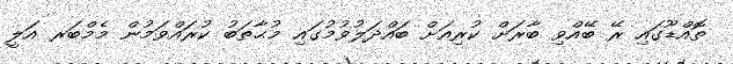
ތޮއްޑޫގައި ރޭ ބޭއްވި ބާރަށް ކުރިއަށް ބައްދަލުވުމުގައި މުޙާތަބު ކުރައްވަމުން މެމްބަރ އަލީ